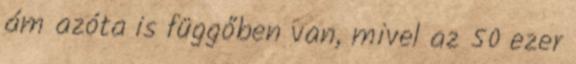
ám azóta is függőben van, mivel az 50 ezer